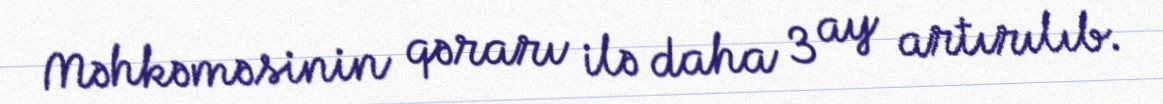
Məhkəməsinin qərarı ilə daha 3 ay artırılıb.